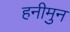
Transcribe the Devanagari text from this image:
हनीमुन